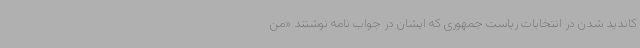
کاندید شدن در انتخابات ریاست جمهوری که ایشان در جواب نامه نوشتند «من